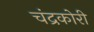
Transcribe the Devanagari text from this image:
चंद्रकोरी